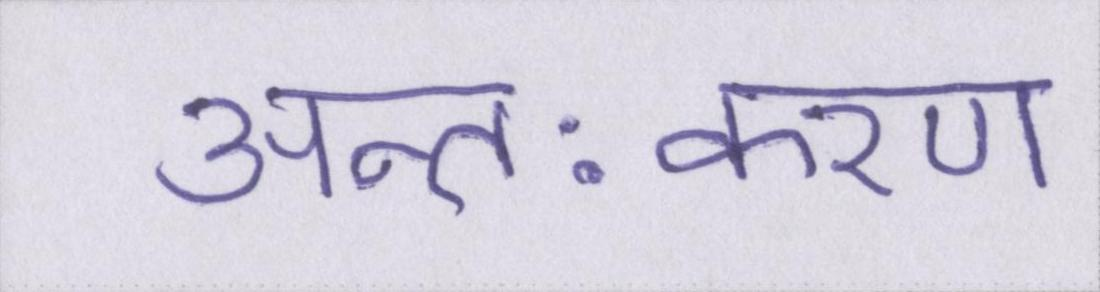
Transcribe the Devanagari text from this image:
अन्तःकरण